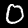
Digit: 0